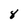
Character: 8